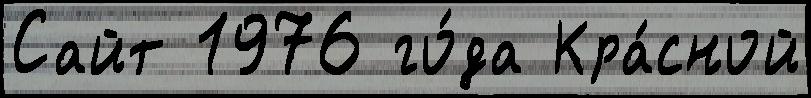
Сайт 1976 го́да Кра́сной